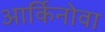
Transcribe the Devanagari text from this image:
आर्किनोवा